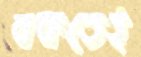
বকতেই